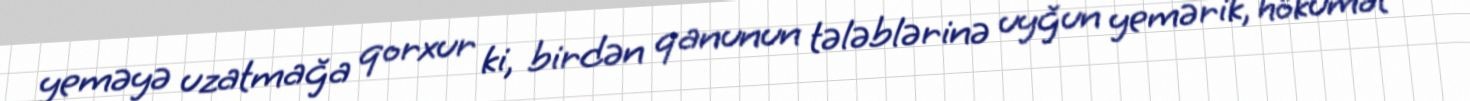
yeməyə uzatmağa qorxur ki, birdən qanunun tələblərinə uyğun yemərik, hökumət